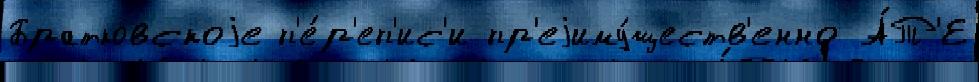
Братковскоjе п'е́р'еп'ис'и пр'еjиму́ществ'енно А́Т'Е